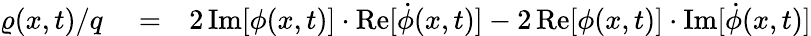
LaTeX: \begin{array}{rlr}{\varrho(x,t)/q}&{{}=}&{2\, \mathrm{Im}[\phi(x,t)]\cdot\mathrm{Re}[\dot{\phi}(x,t)]-2\, \mathrm{Re}[\phi(x,t)]\cdot\mathrm{Im}[\dot{\phi}(x,t)]}\end{array}